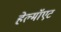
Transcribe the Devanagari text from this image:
हेल्मॉएट